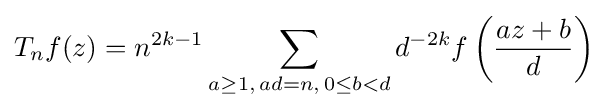
T_{n}f(z)=n^{2k-1}\sum _{a\geq 1,\,ad=n,\,0\leq b<d}d^{-2k}f\left({\frac {az+b}{d}}\right)